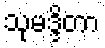
သုမဒ္ဒိတာ